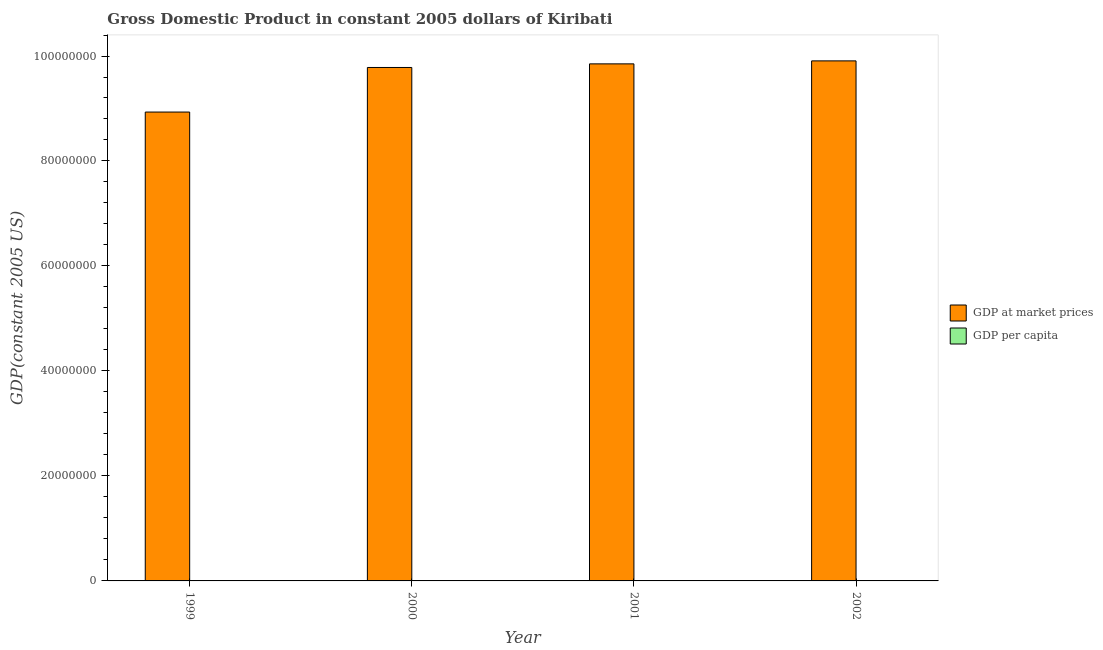
| Year | GDP at market prices | GDP per capita |
 | --- | --- | --- |
 | 1999 | 8.93e+07 | 1.08e+03 |
 | 2000 | 9.78e+07 | 1.16e+03 |
 | 2001 | 9.85e+07 | 1.15e+03 |
 | 2002 | 9.91e+07 | 1.13e+03 |